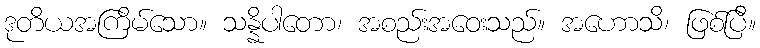
ဒုတိယအကြိမ်သော။ သန္နိပါတော၊ အစည်းအဝေးသည်။ အဟောသိ၊ ဖြစ်ပြီ။